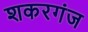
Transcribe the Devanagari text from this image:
शकरगंज